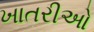
ખાતરીઓ